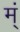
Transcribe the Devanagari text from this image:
म्ं